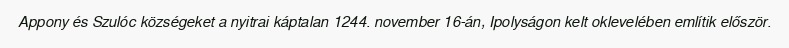
Appony és Szulóc községeket a nyitrai káptalan 1244. november 16-án, Ipolyságon kelt oklevelében említik először.